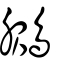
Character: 鵩